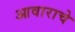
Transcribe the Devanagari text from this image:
आवाराचे